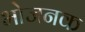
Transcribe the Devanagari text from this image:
भोजनक